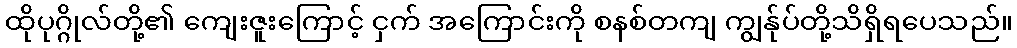
ထိုပုဂ္ဂိုလ်တို့၏ ကျေးဇူးကြောင့် ငှက် အကြောင်းကို စနစ်တကျ ကျွန်ုပ်တို့သိရှိရပေသည်။